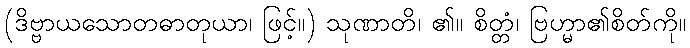
(ဒိဗ္ဗာယသောတဓာတုယာ၊ ဖြင့်။) သုဏာတိ၊ ၏။ စိတ္တံ၊ ဗြဟ္မာ၏စိတ်ကို။